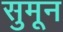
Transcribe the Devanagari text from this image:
सुमून